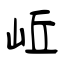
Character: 岴